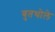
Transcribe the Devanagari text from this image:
बुतथोले